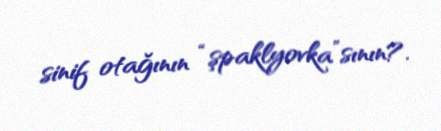
sinif otağının “şpaklyovka”sının?.